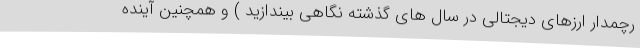
رچمدار ارزهای دیجتالی در سال های گذشته نگاهی بیندازید ) و همچنین آینده